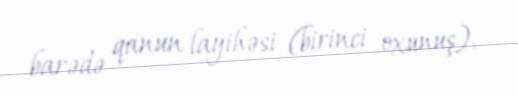
barədə qanun layihəsi (birinci oxunuş).